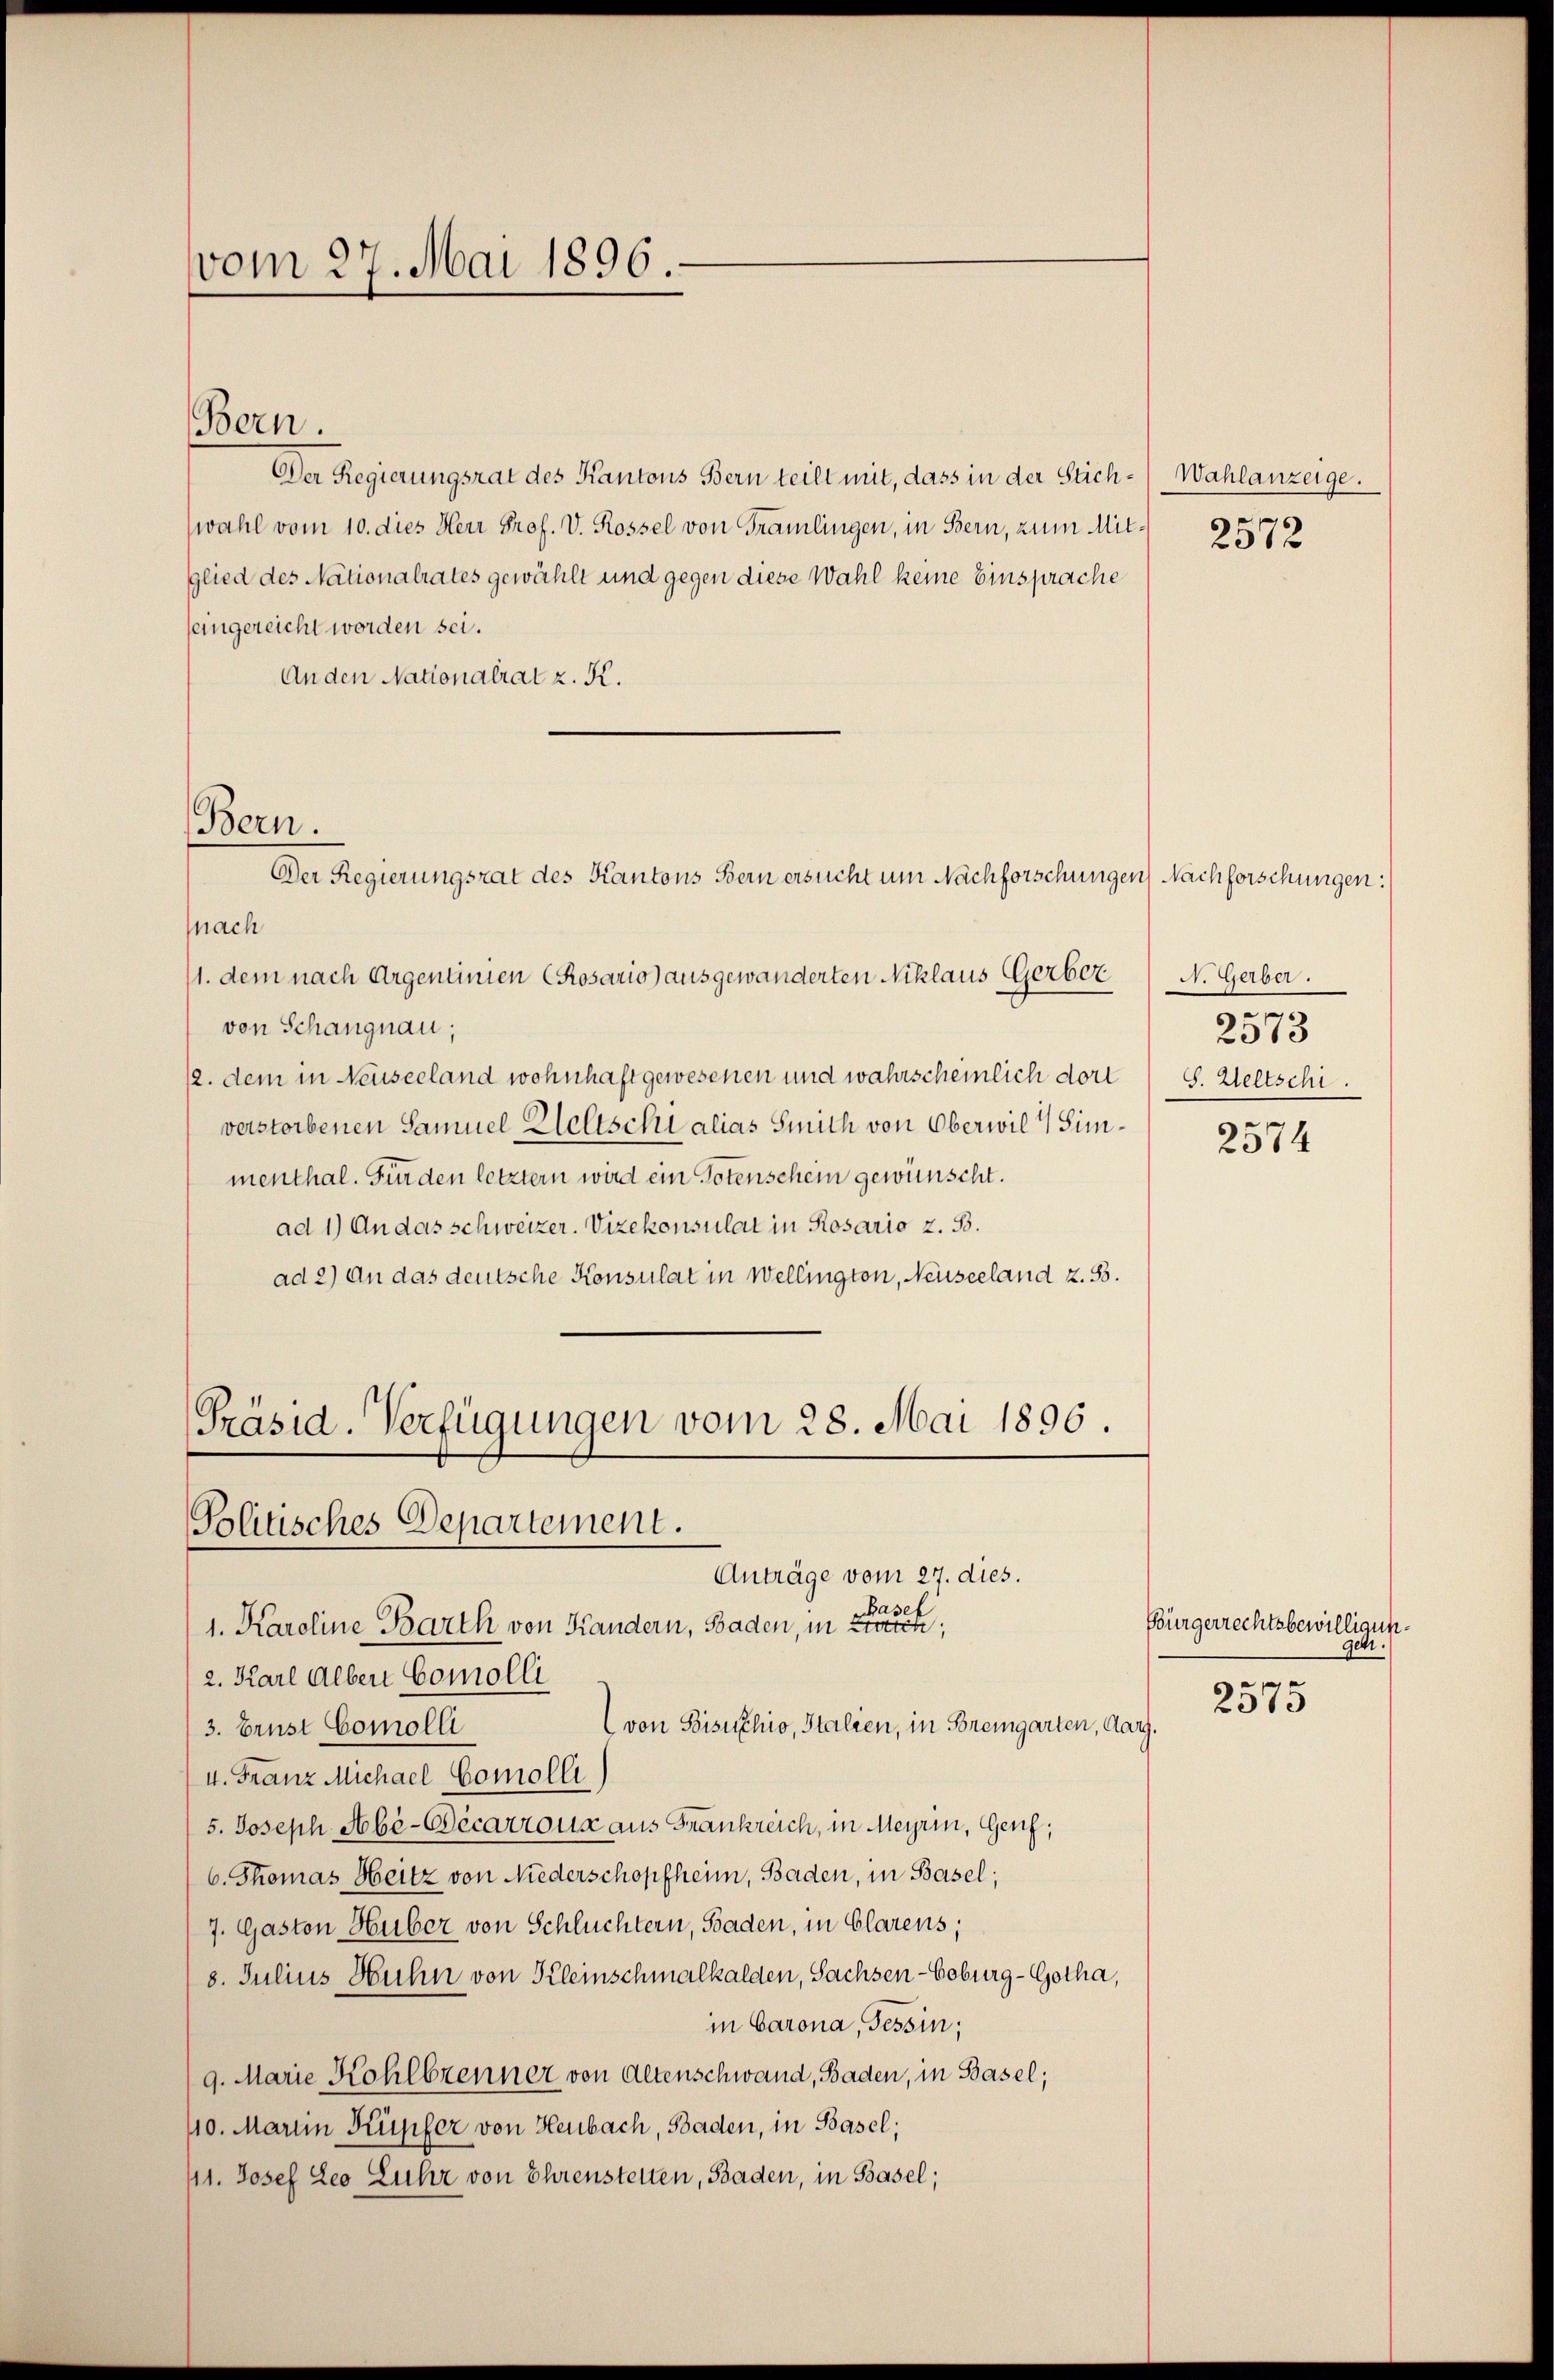
vom 27. Mai 1896.

Bern.

Der Regierungsrat des Kantons Bern teilt mit, dass in der Stich-Wahlanzeige.
wahl vom 10. dies Herr Prof. V. Rossel von Tramlingen, in Bern, zum Mit 25722
glied des Nationalrates gewählt und gegen diese Wahl keine Einsprache
eingereicht worden sei.
Anden Nationalrat z. K.
Der Regierungsrat des Kantons Bern ersucht um Nachforschungen Nachforschungen:
nach
11. dem nach Argenlinien (Rosario) ausgewänderten Niklaus Gerbervon Schangnau,
12. dem in Neuseeland wohnhaft gewesenen und wahrscheinlich dort G. Weltschi
verstorbenen Samuel Weltschi alias Smith von Oberwil Simmenthal. Finden letztern wird ein Potenschein gewünscht.
ad 1) An das schweizer. Vizekonsulat in Rosario z. B.
ad 2) An das deutsche Konsulat in Wellington, Neuseeland z. B.
Präsid. Verfügungen vom 28. Mai 1896.

Bern.

Politisches Departement.
Anträge vom 27. dies.

asef
1. Karoline Barth von Kandern, Baden, in Zürich,
2. Karl Alber Comolli
(von Bisikhio, Stalien, in Bremgarten, dag
3. Brust Comolli
4. Franz Michael Comolli
5. Joseph Abé-Bécarrons aus Frankreich, in Meyrin, Genf,
6. Thomas Heitz von Niederschopfheim, Baden, in Basel;
7. Gaston Huber von Schluchtern, Baden, in Clarens,
8. Julius Huhn von Kleinschmalkalden, Sachsen - Coburg-Gotha,
in Barona, Tessin;
9. Marie Kohlbrenner von Altenschwand, Baden, in Basel;
110. Martin Kupfer von Heubach, Baden, in Basel;
11. Josef Leo Luhr von Ehrensteilen, Baden, in Basel;

N. Gerber.
n
2973

2574

Bürgerrechtsbewilligungeh.

2575